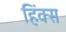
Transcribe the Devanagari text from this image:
हिंक्स